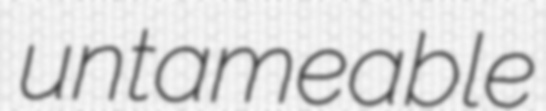
untameable